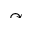
\curvearrowright